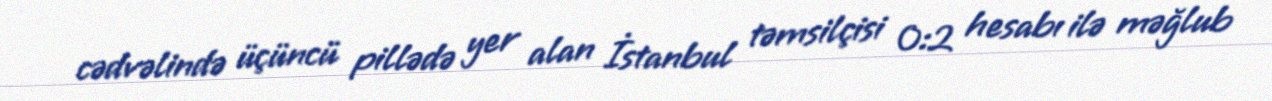
cədvəlində üçüncü pillədə yer alan İstanbul təmsilçisi 0:2 hesabı ilə məğlub